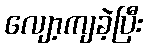
လျော့ကျခဲ့ပြီး